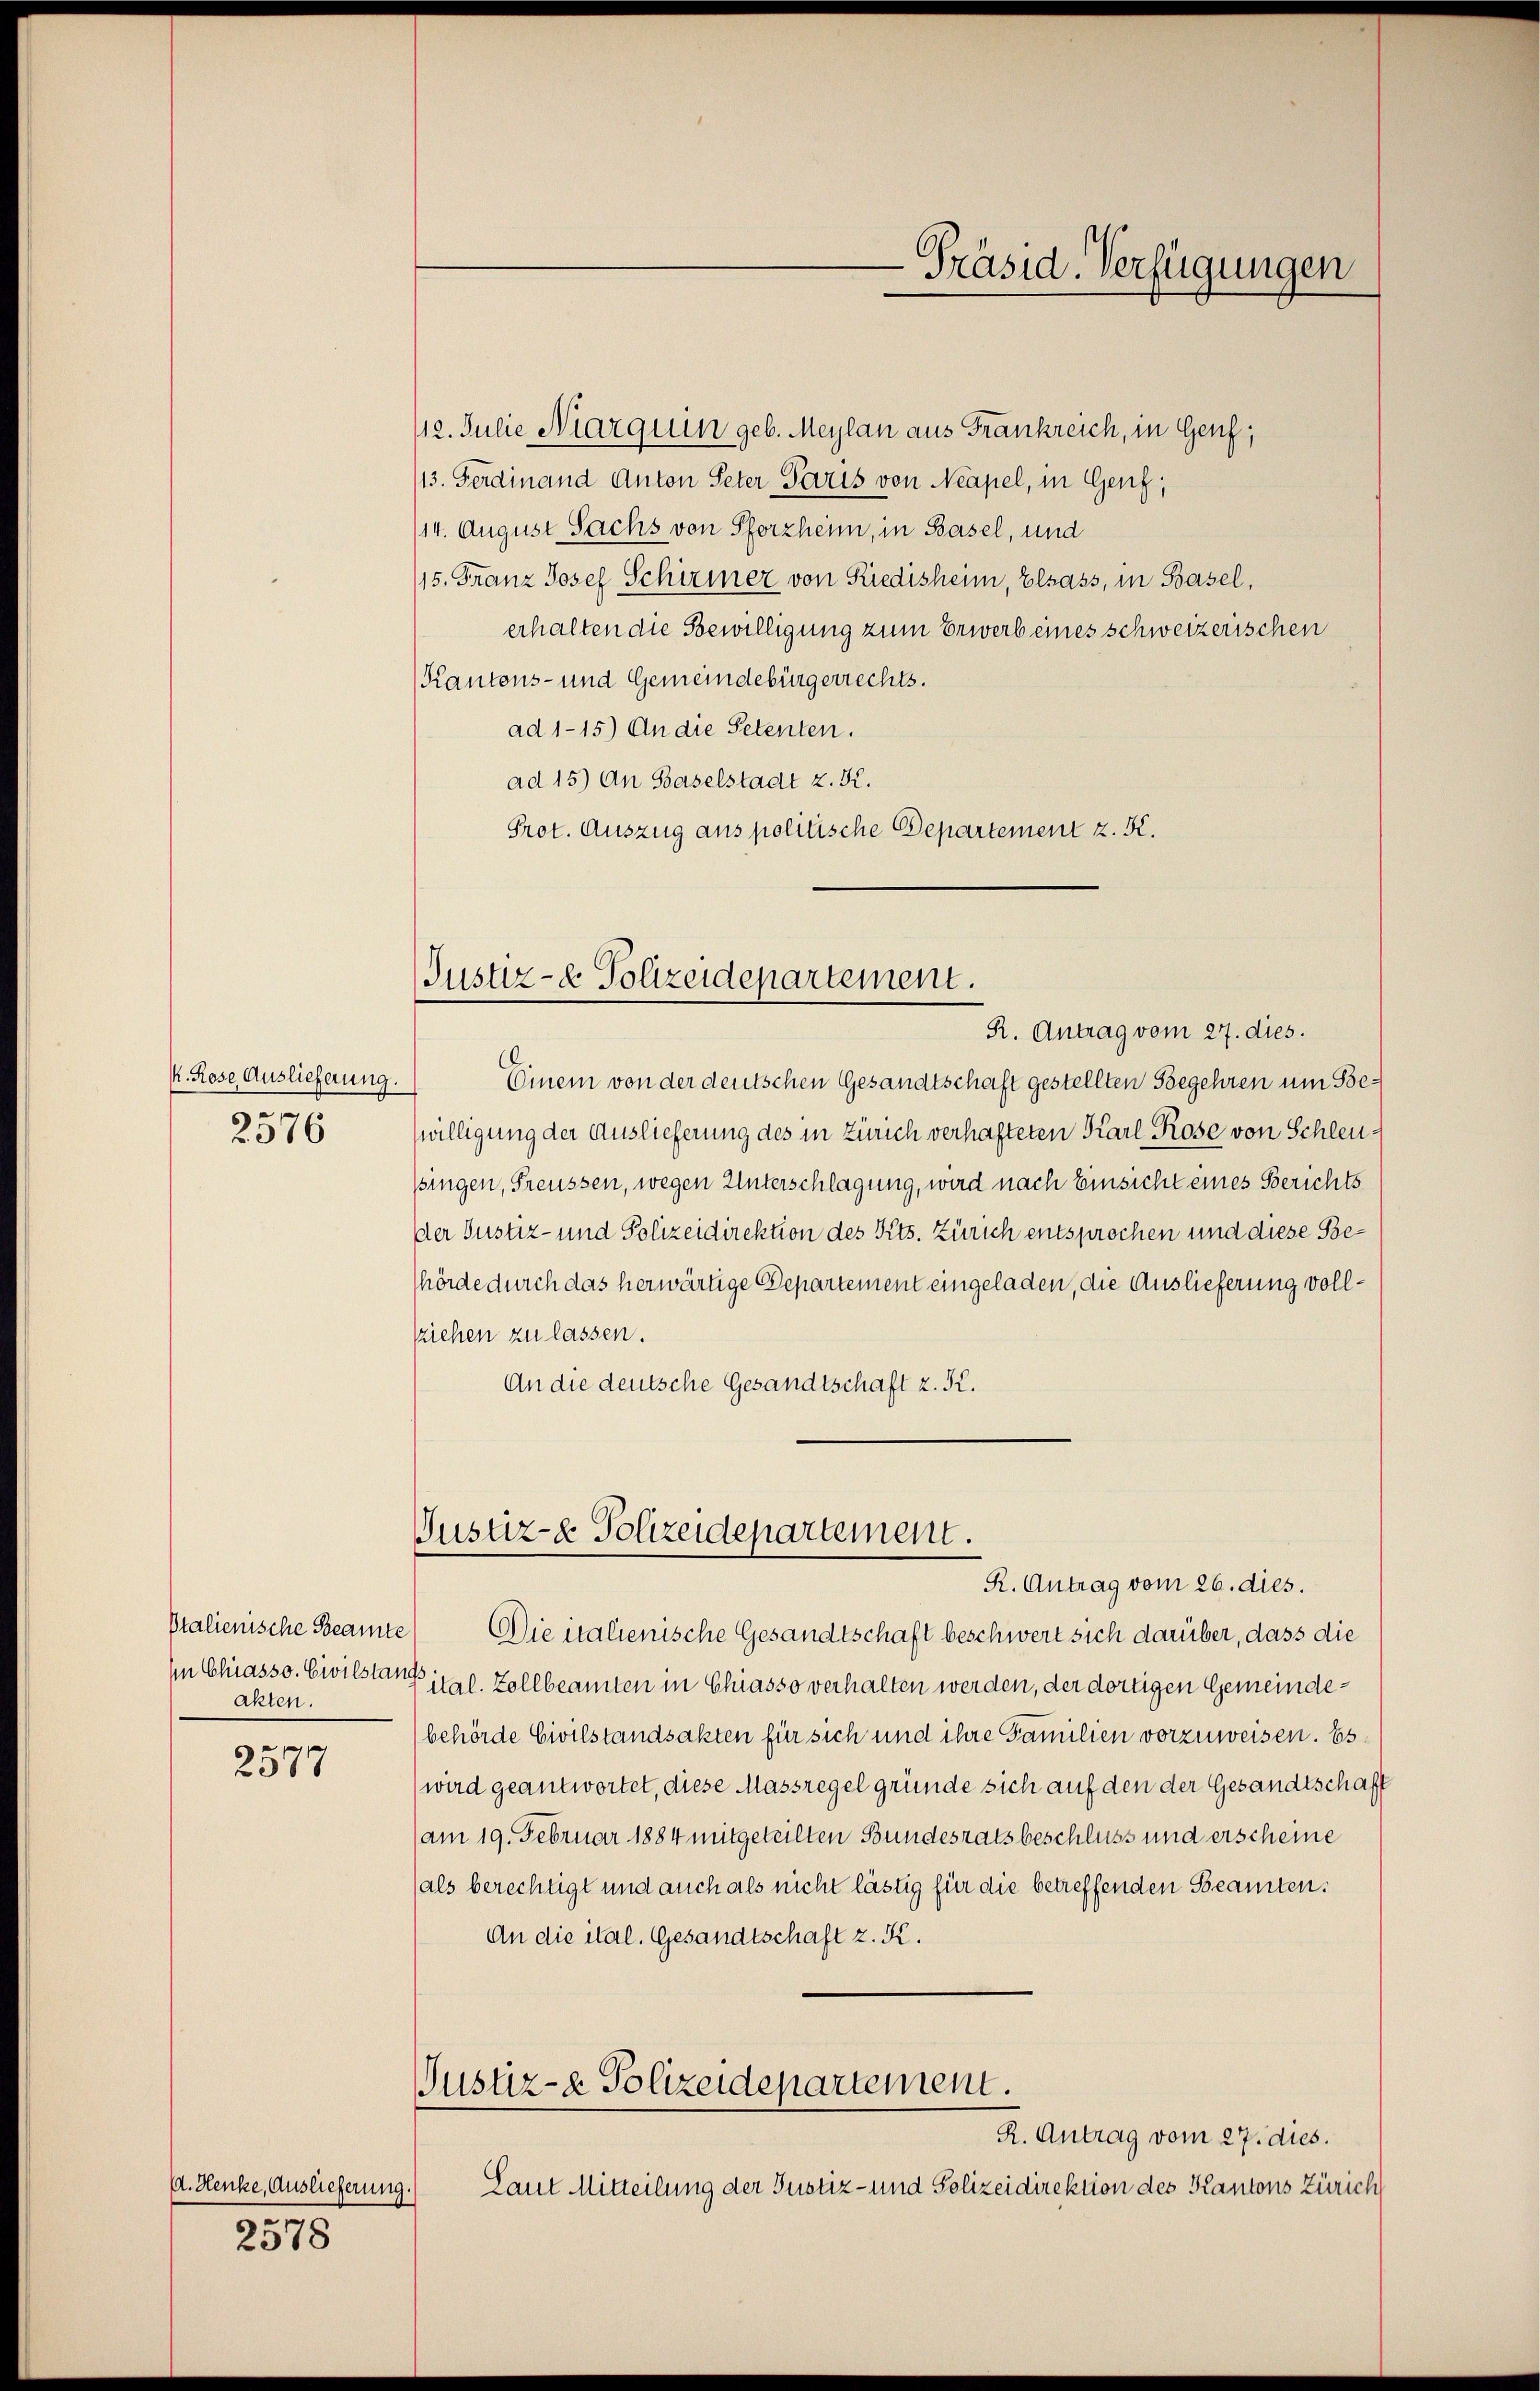
k. Riese Auslieferung.
2576

Pralienische Beamte
Akten.
 xx

2311

d. Henke, Auslieferung.)
2578

112. Julie Niarquin geb. Meylan aus Frankreich, in Genf;
13. Ferdinand Anton Peter Paris von Neapel, in Genf,
(14. August Sachs von Pforzheim, in Basel, und
15. Franz Josef Schirmer von Riedisheim, Elsass, in Basel,
erhalten die Bewilligung zum Erwerb eines schweizerischen
Kantons- und Gemeindebürgerrechts.
ad 1-15) An die Petenten.
ad 15) An Baselstadt z. K.
Prot. Auszug aus politische Departement z. B.

(Justiz- & Polizeidepartement.

Gustiz- & Polizeidepartement.
R. Antrag vom 26. dies.

-Präsid. Verfügungen

R. Antrag vom 27. dies.
Einem von der deutschen Gesandtschaft gestellten Begehren um Bewilligung der Auslieferung des in Zürich verhafteten Karl Rose von Schleussingen, Freussen, wegen Unterschlagung, wird nach Einsicht eines Berichts
Der Justiz- und Polizeidirektion des Kts. Zürich entsprochen und diese Behörde durch das herwärtige Departement eingeladen, die Auslieferung vollsziehen zu lassen.
An die deutsche Gesandtschaft z. K.

Die italienische Gesandtschaft beschwert sich darüber, dass die
In Chiasso. Civilstand ital. Zollbeamten in Chiasso verhalten werden, der dortigen Gemeindebehörde Civilstandsakten für sich und ihre Familien vorzuweisen. Es
wird geantwortet, diese Massregel gründe sich auf den der Gesandtschaft
am 19. Februar 1884 mitgeteilten Bundesratsbeschluss und erscheine
(als berechtigt und auch als nicht lästig für die betreffenden Beamten:
An die ital. Gesandtschaft z. K.
Justiz- & Polizeidepartement.
R. Antrag vom 27. dies.
Laut Mitteilung der Justiz- und Polizeidirektion des Kantons Zürich